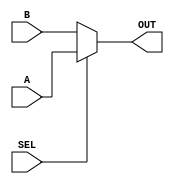
`timescale 1ns / 1ps
//////////////////////////////////////////////////////////////////////////////////
// Company: 
// Engineer: 
// 
// Design Name: 
// Module Name:    SELECT 
// Project Name: 
// Target Devices: 
// Tool versions: 
// Description: 
//
// Dependencies: 
//
// Revision: 
// Revision 0.01 - File Created
// Additional Comments: 
//
//////////////////////////////////////////////////////////////////////////////////
module ARS_SELECT(
					SEL,
					A,
					B,
					OUT
					);
input SEL;
input [232 : 0] A;
input [232 : 0] B;
output [232 : 0] OUT;
//if(SEL)
//	assign OUT = A;
//else
//	assign OUT = B;
assign OUT = SEL ? A : B;




endmodule